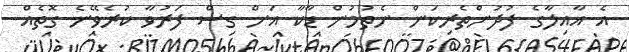
އެ އާއިލާގެ ފުދުންތެރިކަން ނެތުމުން ޑާކާ އަށް ގިސް ފަރުވާ ކުރެވޭނެ ގޮތެއް